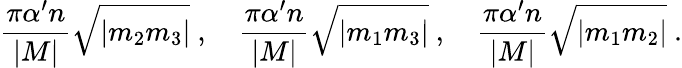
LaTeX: \frac{\pi\alpha^{\prime}n}{|M|}\sqrt{|m_{2}m_{3}|}\ ,\quad\frac{\pi\alpha^{\prime}n}{|M|}\sqrt{|m_{1}m_{3}|}\ ,\quad\frac{\pi\alpha^{\prime}n}{|M|}\sqrt{|m_{1}m_{2}|}\ .